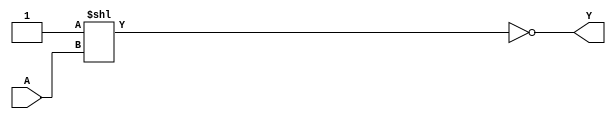


//BCD to decimal decoder (1-of-10)
//note the inverted output
module ic_7442(
    output [9:0] Y,
    input [3:0] A);

    assign Y = ~(10'b0000000001 << A);

endmodule